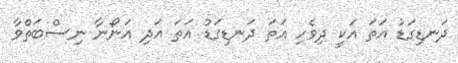
ދަނޑިގަޑު އަތަ އަކީ ދިވެހި އަތަ ދަނޑިގަޑު އަތަ އަދި އަނޯނާ ނިސްބަތްވާ